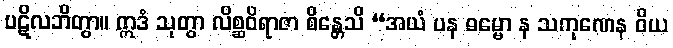
ပဋိလဘိတွာ။ ဣဒံ သုတွာ လိစ္ဆဝိရာဇာ စိန္တေသိ “အယံ ပန ဓမ္မော န သကုဏေန ဝိယ